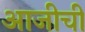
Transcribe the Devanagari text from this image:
आजीची